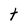
Character: t